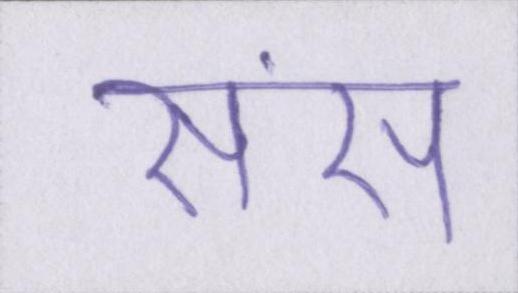
संस